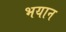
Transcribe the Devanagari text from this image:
भयान